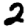
Digit: 2